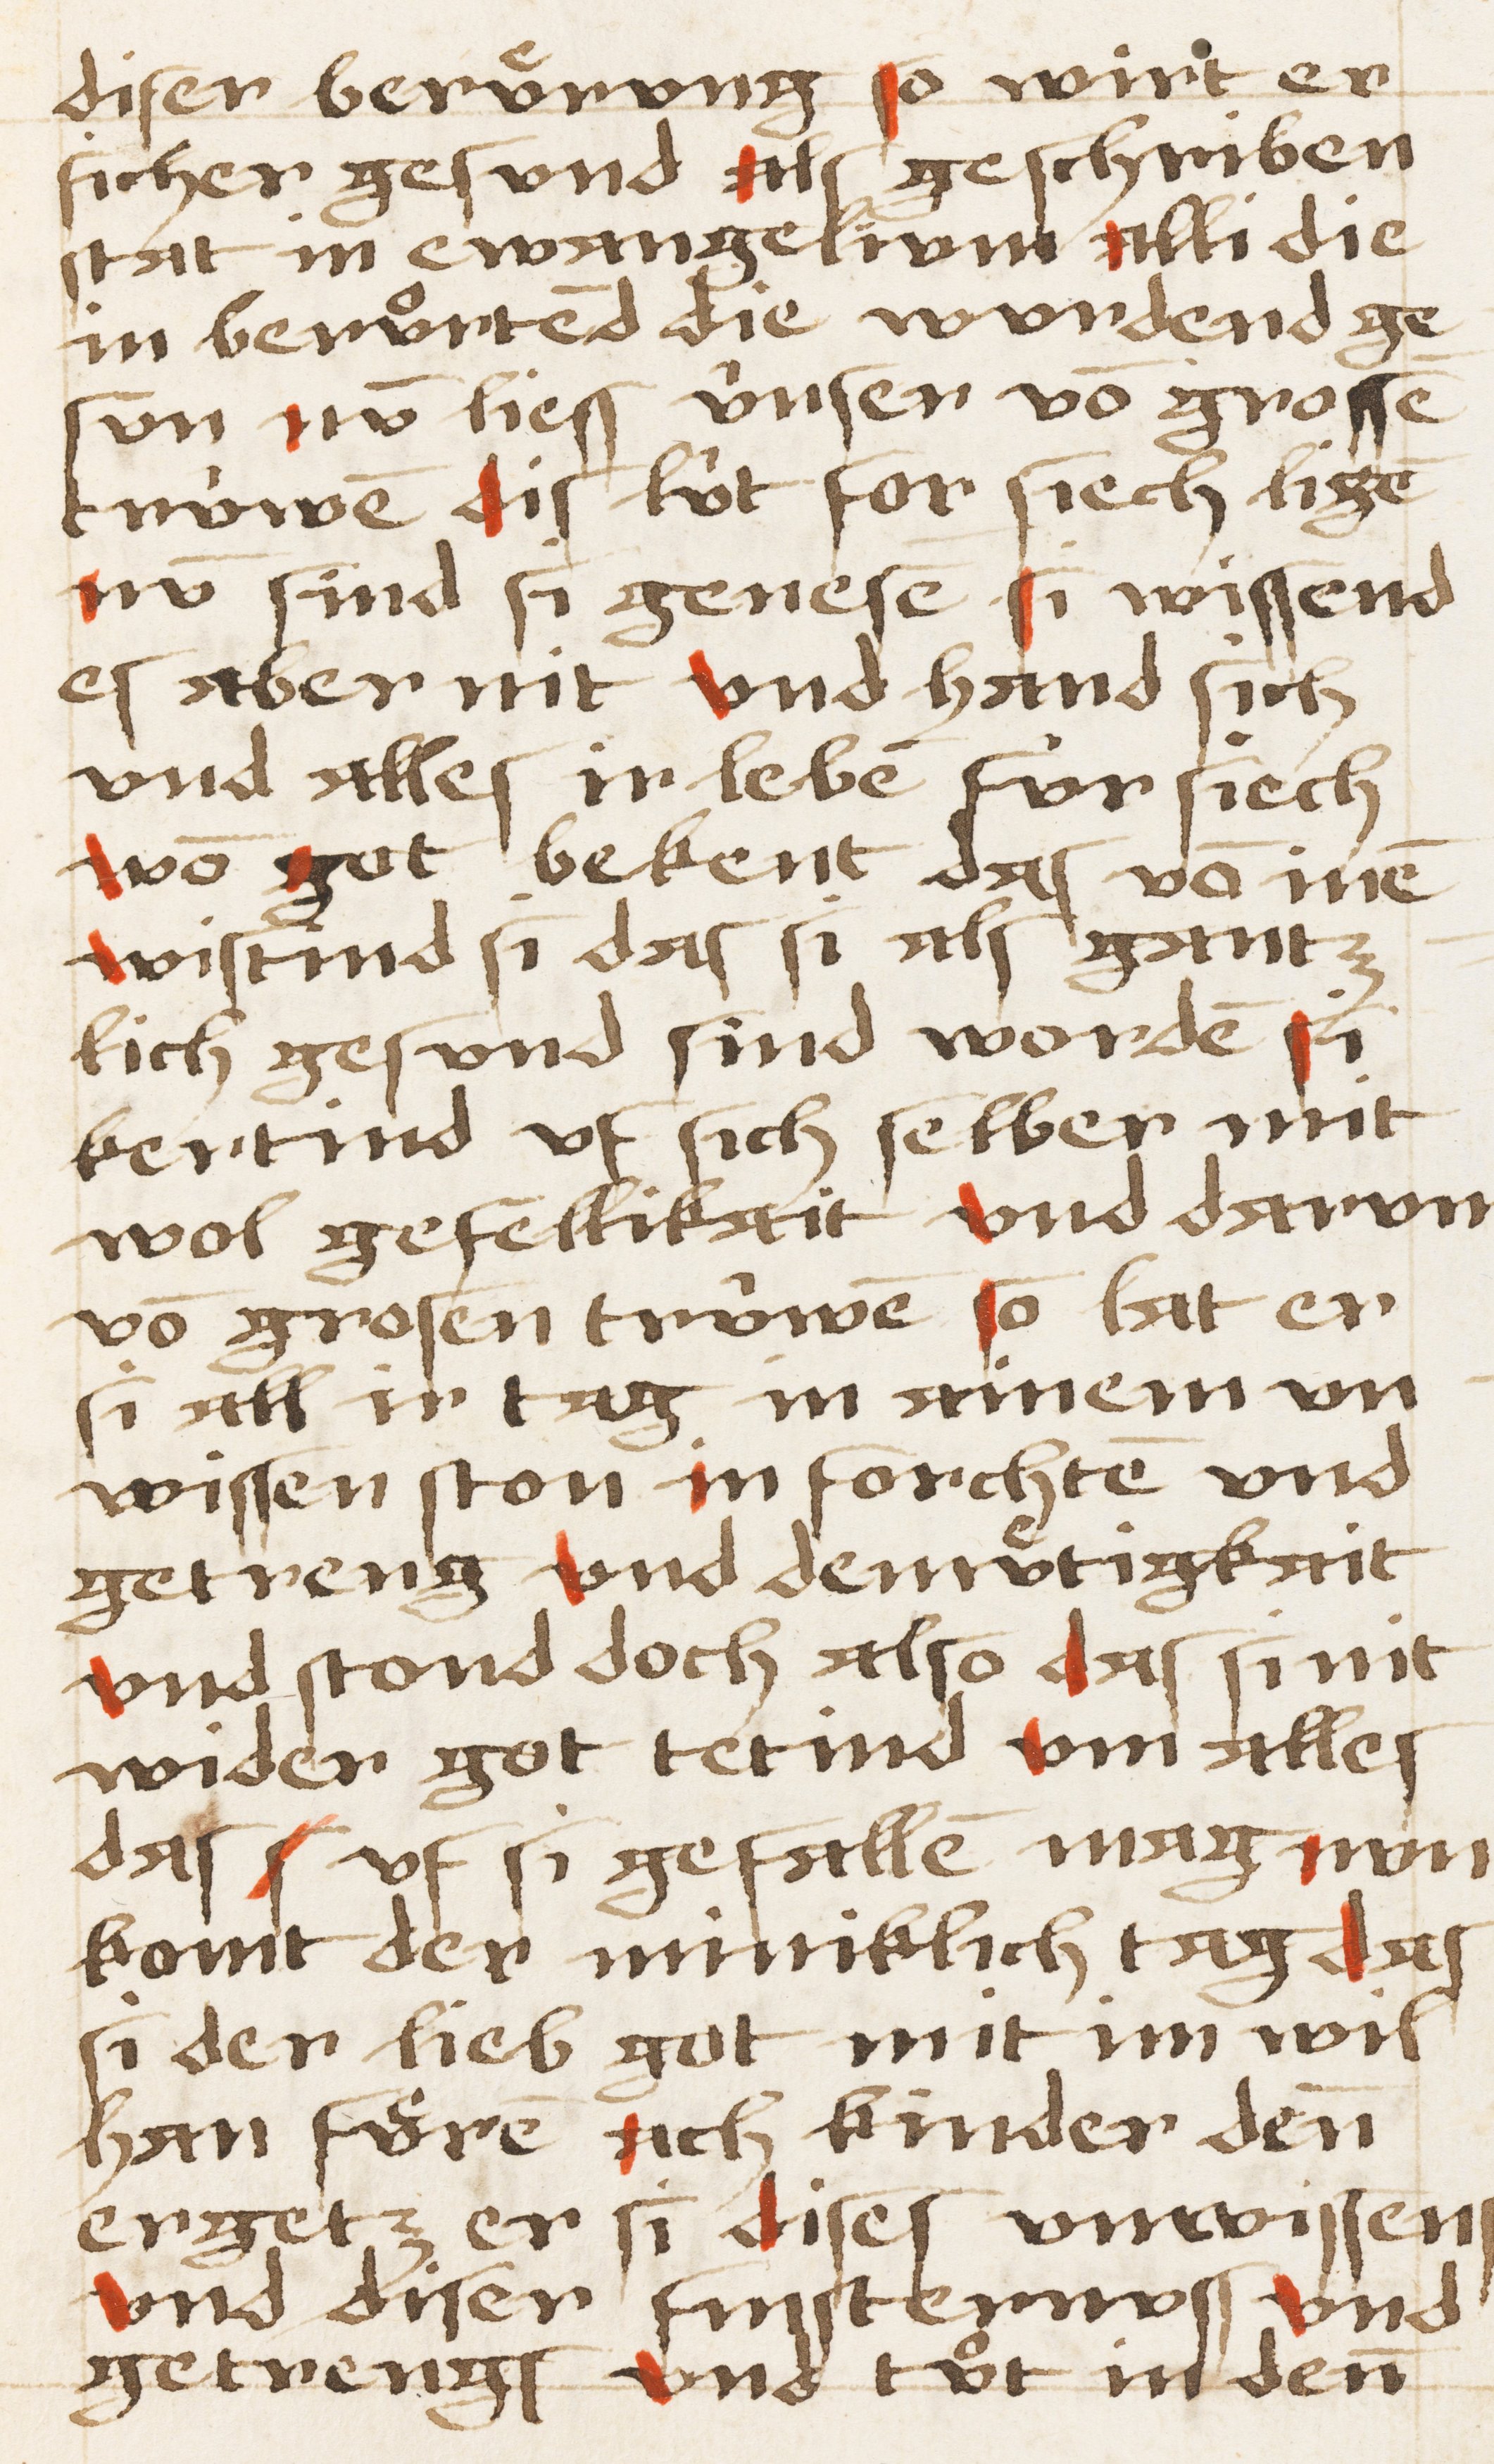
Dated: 1450–1499